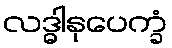
လဒ္ဓါနုပေက္ခံ